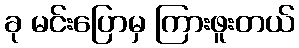
ခု မင်းပြောမှ ကြားဖူးတယ်